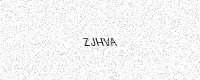
Text: ZJHVA